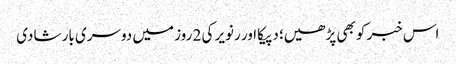
اس خبر کو بھی پڑھیں؛ دپیکا اور رنویر کی 2 روز میں دوسری بار شادی